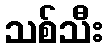
သစ်သီး